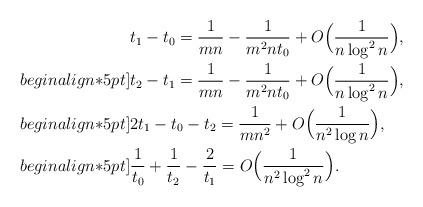
LaTeX: \begin{align*}&t_1-t_0={1\over mn}-{1\over m^2 n t_0}+O\Bigl({1\over n\log^2{n}}\Bigr),\\begin{align*}5pt]&t_2-t_1={1\over mn}-{1\over m^2 n t_0}+O\Bigl({1\over n\log^2{n}}\Bigr),\\begin{align*}5pt]&2t_1-t_0-t_2={1\over m n^2}+O\Bigl({1\over n^2\log{n}}\Bigr),\\begin{align*}5pt]&{1\over t_0}+{1\over t_2}-{2\over t_1}=O\Bigl({1\over n^2\log^2{n}}\Bigr).\end{align*}